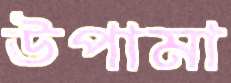
উপামা